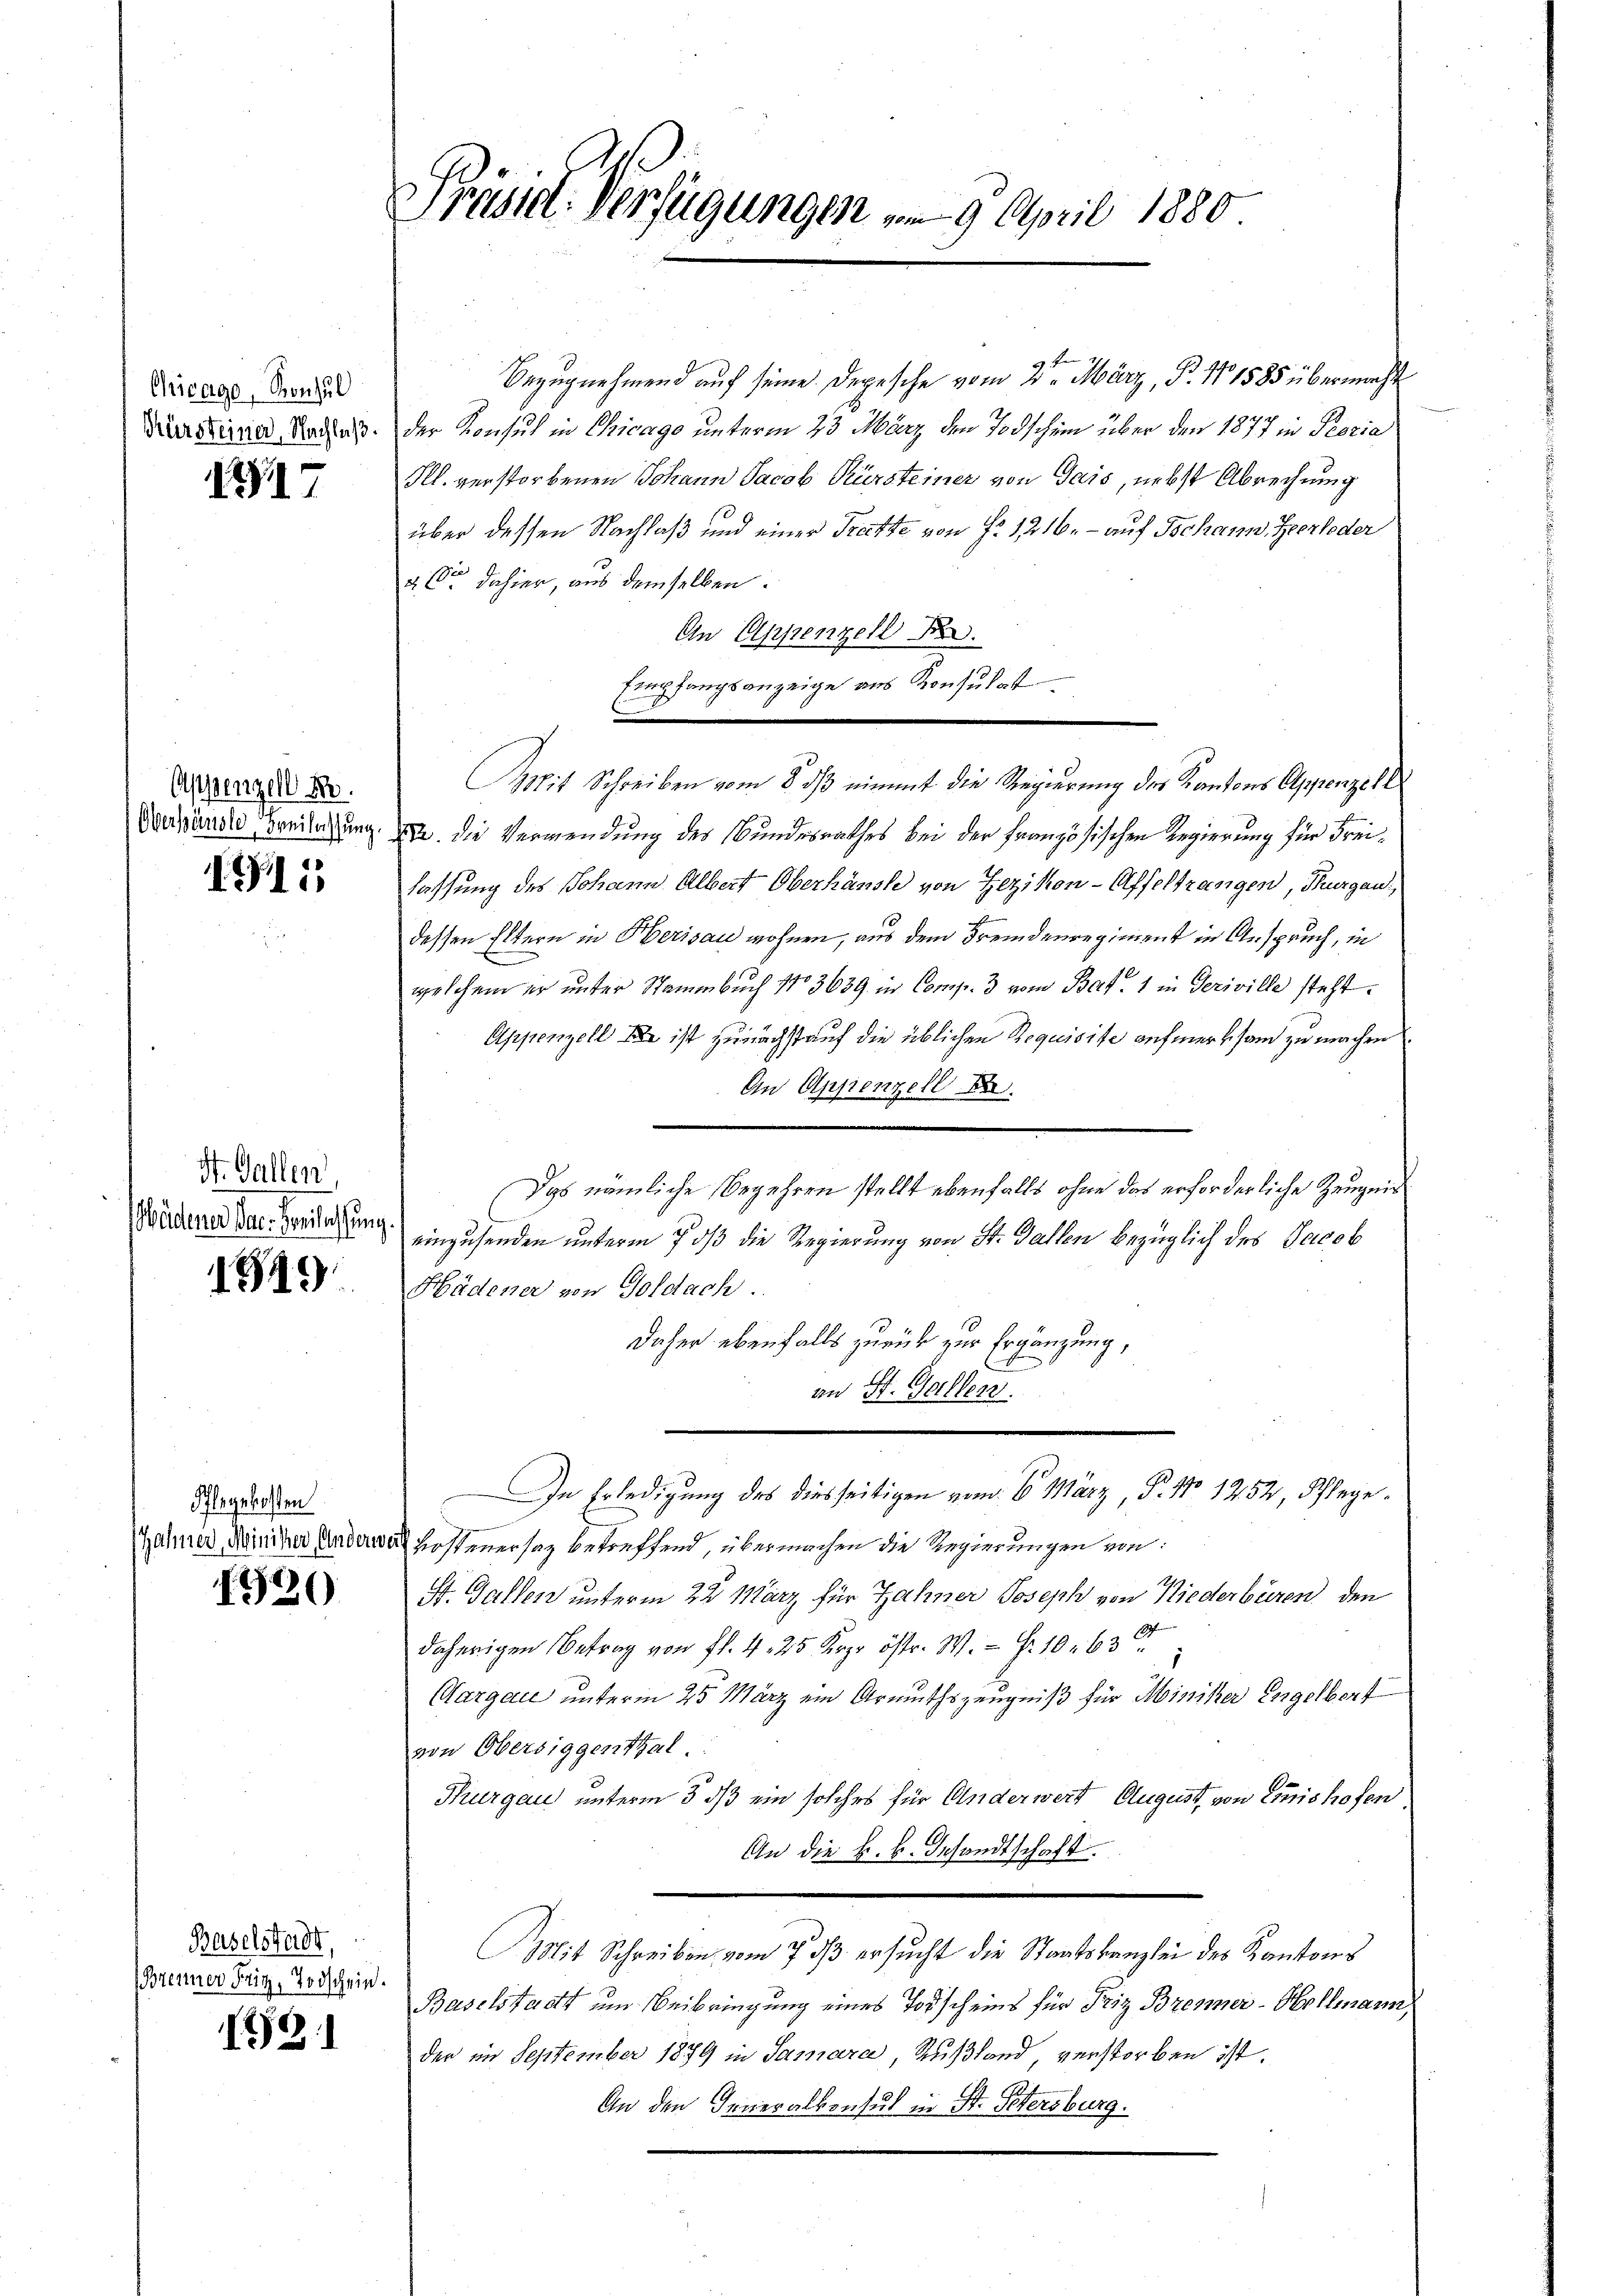
Chicago, Konsul
Kürsteiner, Nachlaß.

197

Appenzell A.
Oberständle Freilassung

1911

St. Gallen
Wädener der Beilassung

1345)

Pflegekosten
Zähner, Minister, Andern,

1920

Baselstadt,
(Brenner Fritz, Todschein.

121

Prüsse. Verfügungen vom 9. April 1880

Bezugnehmend auf seine Depesche vom 2ten März, P. Nr. 1585 übermacht
der Konsul in Chicage unterm 23 März den Todschein über den 1877 in Peoria
Ill. verstorbenen Johann Jacob Kürsteiner von Gais, nebst Abrechung
über dessen Nachlaß und einer Trette von Fr. 1216. – auf Tschans. Heerleder
2. Ce dahier, aus demselben.
An Appenzell Ber
Empfangsanzeige aus Konsulat
Mit Schreiben vom 8. dβ einmit die Regierung des Kantons Appenzell
Bde. Die Verwendung des Bundesrathes bei der Französischen Regierung für Freihaffung des Johann Albert Oberhanste von Zezikon - Affeltrangen, Thurgau,
dessen Eltern in Herisau wohnen, aus dem Fremdenregiment in Anspruch, in
welchem er unter Stammbuch No 3639. in Comp. 3 vom Bat. 1 in Geriville steht.
Appenzell die ist zunächst auf die üblichen Requisite aufmerksam zu machen
An Appenzell be
Das nämliche Begehren stellt ebenfalls ohne das erforderliche Zeugnis
einzusenden unterm 7 dß die Regierung von St. Gallen bezüglich des Jacob
Hädener von Goldach.
Daher ebenfalls zurück zur Ergänzung,
d
an St. Gallen.
In Erledigung des diesseitigen vom 6. März, P. No 1252, Pfleged Kostenersatz betreffend, übermachen die Regierungen von
St. Gallen unterm 22. März für Zähner Joseph von Niederbüren den
daherigen Betrag von fl. 4, 25 Krpr östr. W. Fr. 10. 63
CAargau unterm 25 März ein Armuthszeugniß für Miniker Engelbert
von Obersiggenthal.
Thurgau unterm 3. ds ein solches für Anderwert August, von Einis hofen
An die k. k. Gesandtschaft.
Mit Schreiben vom 7. ds ersucht die Staatskanzlei des Kantons
Baselstadt um Beibringung eines Torscheins für Friz Brenner-Hollmann,
der im September 1879 in Samara Rußland, verstorben ist.
An den Generalkonsul in St. Petersburg.